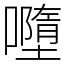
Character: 𡃏